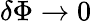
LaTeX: \delta\Phi\to 0